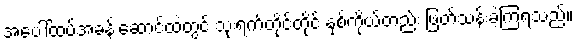
အပေါ်ထပ်အခန်းဆောင်ထဲတွင် သုံးရက်တိုင်တိုင် နှစ်ကိုယ်တည်း ဖြတ်သန်းခဲ့ကြရသည်။